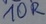
Text: 10R